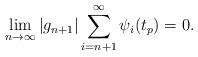
LaTeX: \begin{align*}\lim_{n \to \infty} |g_{n+1}| \sum_{i=n+1}^{\infty} \psi_i(t_p) =0.\end{align*}